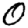
Digit: 0